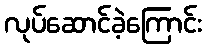
လုပ်ဆောင်ခဲ့ကြောင်း